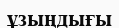
ұзыңдығы